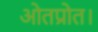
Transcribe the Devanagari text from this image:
ओतप्रोत।